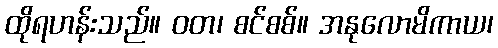
ထိုရဟန်းသည်။ ဝတ၊ စင်စစ်။ အနုလောမိကာယ၊